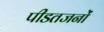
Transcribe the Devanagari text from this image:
पीडतजनों